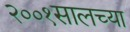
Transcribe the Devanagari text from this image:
२००१सालच्या